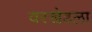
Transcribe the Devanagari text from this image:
वरखेडला